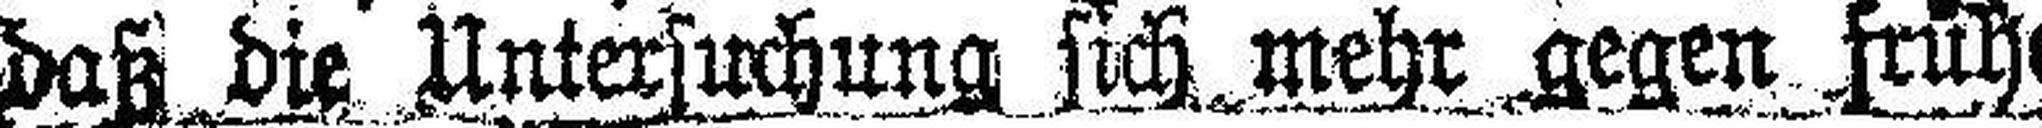
daß die Untersuchung sich mehr gegen früh